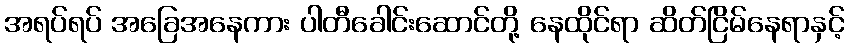
အရပ်ရပ် အခြေအနေကား ပါတီခေါင်းဆောင်တို့ နေထိုင်ရာ ဆိတ်ငြိမ်နေရာနှင့်